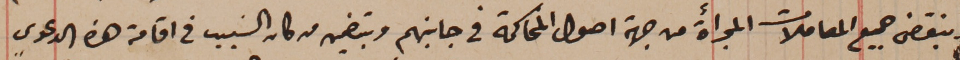
وبنقض جميع المعاملات المجرأة من جهة اصول المحاكمة فى جانبهم وبتضمين من كان السَبب فى اقامة هذه الدعوى